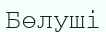
Бөлуші